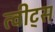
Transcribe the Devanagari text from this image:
त्वीट्स